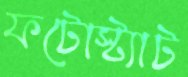
ফটোস্ট্যাট